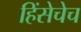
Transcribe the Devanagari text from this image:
हिंसेचेच